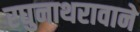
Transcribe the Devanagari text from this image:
रघुनाथरावाने